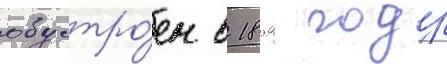
обустро́ен в 1899 году